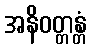
အနိဝတ္တန္တံ